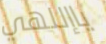
ياإللهي